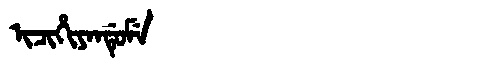
Manchu: ᡳᠴᡳᡥᡳᠶᠠᠨᡩᡠᠮᡝ
Romanization: ICIHIYANDUME